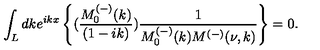
\int _ { L } d k e ^ { i k x } \left\{ ( \frac { M _ { 0 } ^ { ( - ) } ( k ) } { ( 1 - i k ) } ) \frac { 1 } { M _ { 0 } ^ { ( - ) } ( k ) M ^ { ( - ) } ( \nu , k ) } \right\} = 0 .